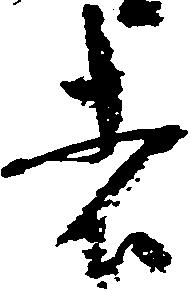
者